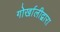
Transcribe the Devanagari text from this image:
गोर्खालीद्वारा